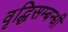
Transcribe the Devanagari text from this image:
वृद्धिसम्बन्धी